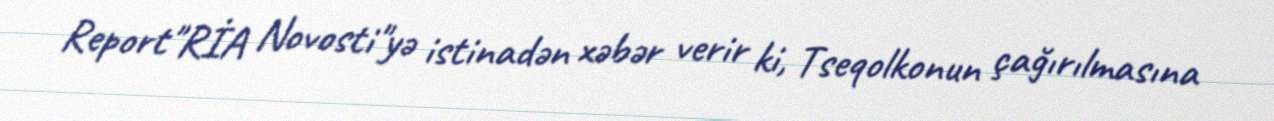
Report"RİA Novosti"yə istinadən xəbər verir ki, Tseqolkonun çağırılmasına